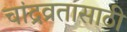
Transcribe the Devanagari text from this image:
चांद्रव्रतासाठी